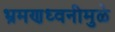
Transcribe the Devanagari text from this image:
भ्रमणध्वनीमुळे